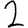
Digit: 2